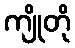
ကျိုတို